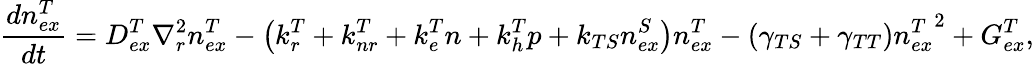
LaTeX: \frac{dn_{ex}^{T}}{dt}=D_{ex}^{T}\nabla_{r}^{2}n_{ex}^{T}-\left(k_{r}^{T}+k_{nr}^{T}+k_{e}^{T}n+k_{h}^{T}p+k_{TS}n_{ex}^{S}\right)n_{ex}^{T}-(\gamma_{TS}+\gamma_{TT}){n_{ex}^{T}}^{2}+G_{ex}^{T},